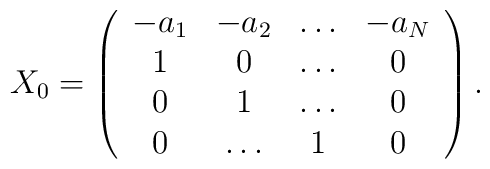
X_0=\left (\begin{array}{cccc}-a_1&-a_2&\dots&-a_N\\1&0&\dots&0\\0&1&\dots&0\\0&\dots&1&0\\\end{array}\right ).